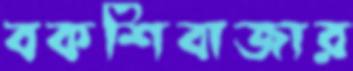
বকশিবাজার